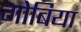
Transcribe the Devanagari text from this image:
गोबिया